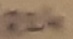
Text: R24